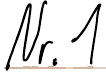
Nr.1